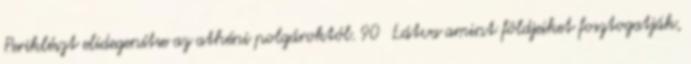
Periklészt elidegenítse az athéni polgároktól. 90 Látva amint földjeiket fosztogatják,